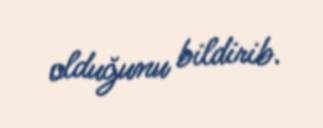
olduğunu bildirib.